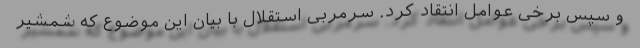
و سپس برخی عوامل انتقاد کرد. سرمربی استقلال با بیان این موضوع که شمشیر